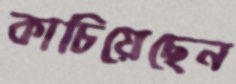
কাচিয়েছেন